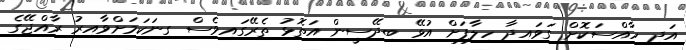
އަދި ހާއްސަކޮށް ގަވައިދާ ހިލާފަށް އުޅޭ ބިދޭސީން އަތޮޅު ތެރޭގައިވެސް ގިނަކަމަށްވާއިރު ރާއްޖޭގެ